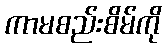
ကာမစည်းစိမ်ကို